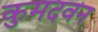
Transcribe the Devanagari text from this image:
कुमदवन